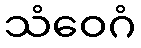
သံဝေဂံ